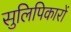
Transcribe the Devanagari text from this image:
सुलिपिकारों